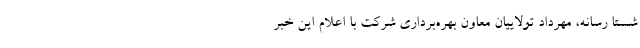
شستا رسانه، مهرداد تولاییان معاون بهره‌برداری شرکت با اعلام این خبر